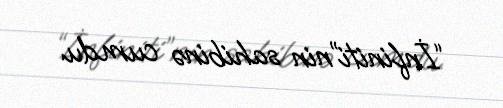
“İnfiniti”nin sahibinə cumdu.